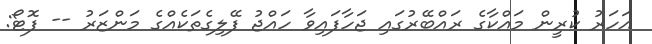
އަހަރު ކުރީން މައްކާގެ ރައްބޭރުގައި ޖަހާފައިވާ ހައްޖު ފޭލިގެތަކެއްގެ މަންޒަރު -- ފޮޓޯ: